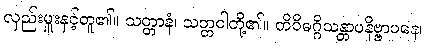
လှည်းမှူးနှင့်တူ၏။ သတ္တာနံ၊ သတ္တဝါတို့၏။ တိဝိဓဂ္ဂိသန္တာပနိဗ္ဗာပနေ၊